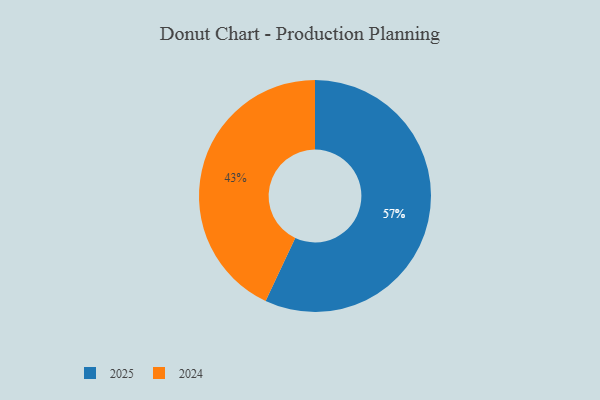
{"axis": {"x": "Category", "y": "Percentage"}, "legend": ["2024", "2025"], "data": [{"x": "2025", "y": 57, "type": "2025"}, {"x": "2024", "y": 43, "type": "2024"}]}